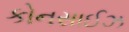
કોનસાઈઝ